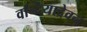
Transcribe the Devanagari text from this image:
वन्दियादेवन